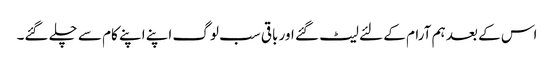
اس کے بعد ہم آرام کے لئے لیٹ گئے اور باقی سب لوگ اپنے اپنے کام سے چلے گئے۔